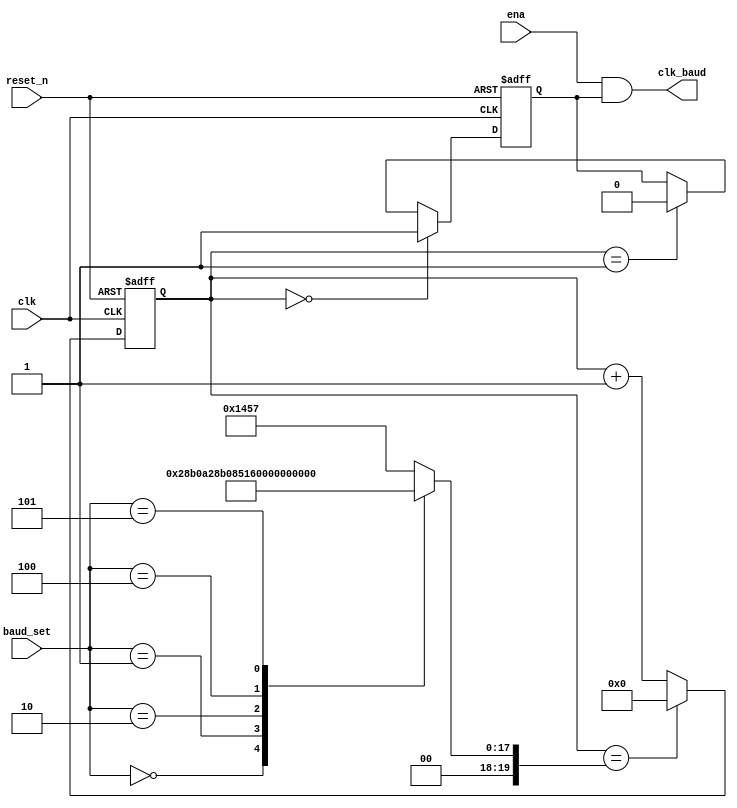
/************************************************************
* Filename  "baud_lut.v"
* Author yang jiangtao
* Description generate clock signal "clk_baud"
* Called by "uart_tx.v"
* Revision History 2020.10.8-16:25
* Revision 1.0
* Email  
* Company  
* Copyright(c) 2019, xxxx Technology Inc, All right reserved
***************************************************************/

`timescale 1ns/1ns
module baud_lut(
	clk,
	reset_n,
	ena,
	baud_set,
	clk_baud);
	//step-1: IO ports
	//input ports
	input clk;
	input reset_n;
	input ena;
	input [2:0] baud_set;
	//output ports
	output clk_baud;
	//reg or wire
	reg [19:0] count;
	reg [19:0] Bps_count;
	
	//step-2: logic
	//baud_set
	//Bps:         300,     1200,   2400,   9600,  19200, 115200
	//Bps_count:   166_667, 41_667, 20_833, 5_208, 2_604, 434
	//Bps_count-1: 166_666, 41_666, 20_832, 5_207, 2_603, 433
	always @ (baud_set) begin
		case(baud_set)
			3'b000: Bps_count <= 20'd166_666;
			3'b001: Bps_count <= 20'd41_666;
			3'b010: Bps_count <= 20'd20_832;
			3'b011: Bps_count <= 20'd5_207;
			3'b100: Bps_count <= 20'd2_603;
			3'b101: Bps_count <= 20'd433;
			default: Bps_count <= 20'd5_207;
		endcase
	end
	//counter
	always @ (posedge clk or negedge reset_n) begin
		if(!reset_n)
			count <= 20'd0; //
		else if(count==Bps_count) //when ena==1, start counter
			count <= 20'd0;
		else
			count <= count + 1'b1;
	end
	//clk_baud
    reg reg_clk_baud;
	always @ (posedge clk or negedge reset_n) begin
		if(!reset_n)
			reg_clk_baud <= 1'b0;
		else if(count==20'd0)
			reg_clk_baud <= 1'b1;
		else if(count==20'd1)
			reg_clk_baud <= 1'b0;
		else
			reg_clk_baud <= reg_clk_baud;			
	end
	
	//step-3: output    
    assign clk_baud = ena & reg_clk_baud;
endmodule